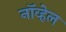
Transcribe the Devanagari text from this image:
नॉव्हेल